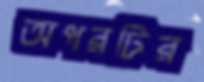
অপরটির